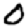
Digit: 0